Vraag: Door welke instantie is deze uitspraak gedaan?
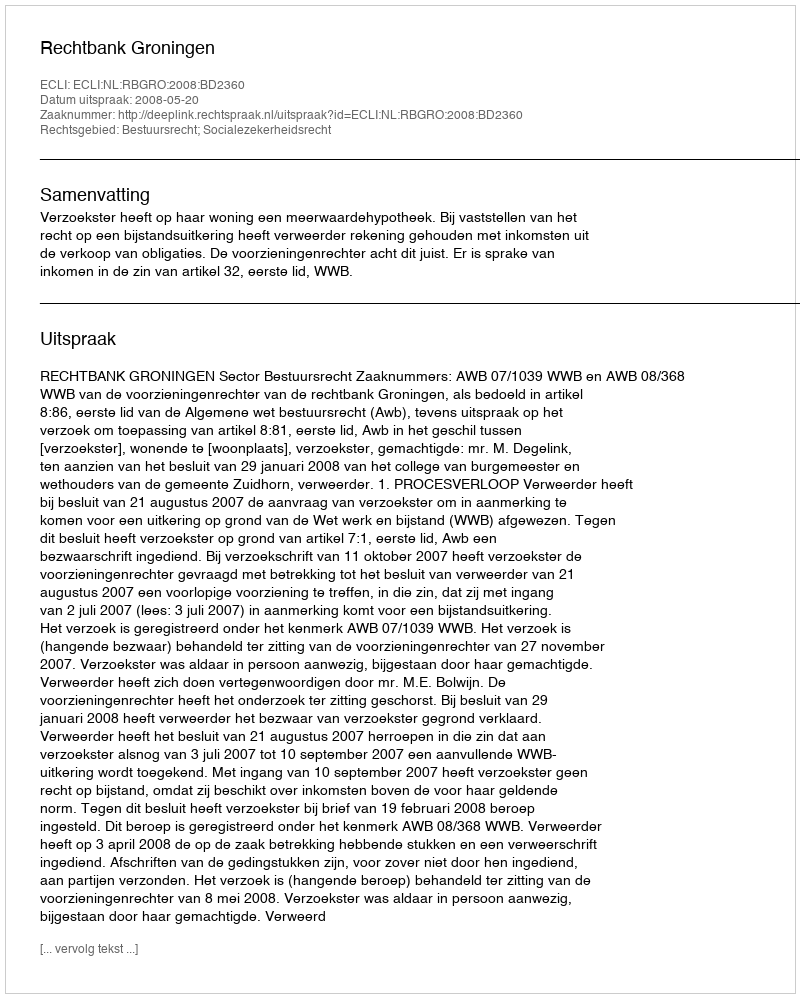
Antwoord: Rechtbank Groningen